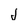
Character: j